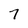
Character: 7